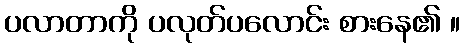
ပလာတာကို ပလုတ်ပလောင်း စားနေ၏ ။